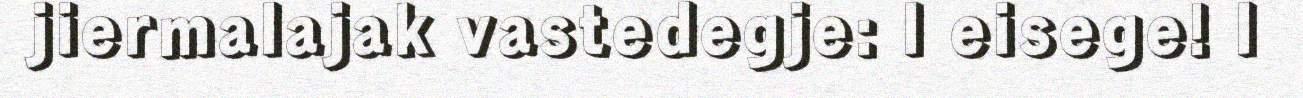
jiermalajak vastedegje: I eisege! I